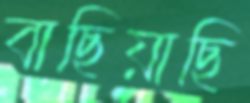
বাছিয়াছি